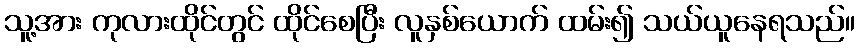
သူ့အား ကုလားထိုင်တွင် ထိုင်စေပြီး လူနှစ်ယောက် ထမ်း၍ သယ်ယူနေရသည်။